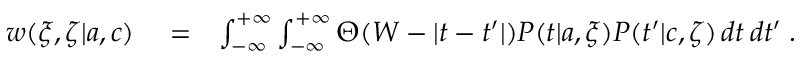
\begin{array} { r l r } { w ( \xi , \zeta | { a } , { c } ) } & { { } = } & { \int _ { - \infty } ^ { + \infty } \int _ { - \infty } ^ { + \infty } \Theta ( W - | t - t ^ { \prime } | ) P ( t | { a } , \xi ) P ( t ^ { \prime } | { c } , \zeta ) \, d t \, d t ^ { \prime } \; . } \end{array}